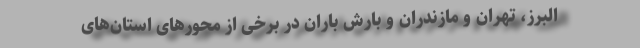
البرز، تهران و مازندران و بارش باران در برخی از محورهای استان‌های